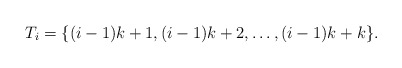
\begin{align*}T_i = \{ {(i-1)k+1},{(i-1)k+2},\ldots,{(i-1)k+k} \}.\end{align*}